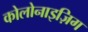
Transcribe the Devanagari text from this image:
कोलोनाइज़िग